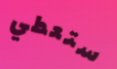
ستعطي